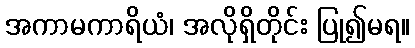
အကာမကာရိယံ၊ အလိုရှိတိုင်း ပြု၍မရ။